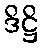
ဒိဋ္ဌိ